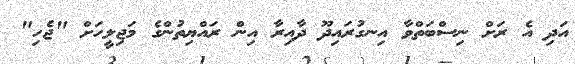
އަދި އެ ރަށް ނިސްބަތްވާ އިނގުރައިދޫ ދާއިރާ އިން ރައްޔިތުންގެ މަޖިލީހަށް "ޖެހި"